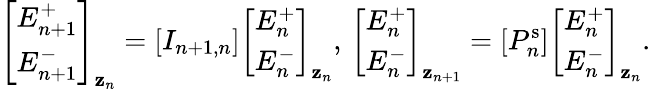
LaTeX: \left[\begin{array}{l}{E_{n+1}^{+}}\\ {E_{n+1}^{-}}\end{array}\right]_{\mathbf{z}_{n}}=[I_{n+1,n}]\left[\begin{array}{l}{E_{n}^{+}}\\ {E_{n}^{-}}\end{array}\right]_{\mathbf{z}_{n}},\, \left[\begin{array}{l}{E_{n}^{+}}\\ {E_{n}^{-}}\end{array}\right]_{\mathbf{z}_{n+1}}=[P_{n}^{\mathrm{{s}}}]\left[\begin{array}{l}{E_{n}^{+}}\\ {E_{n}^{-}}\end{array}\right]_{\mathbf{z}_{n}}.